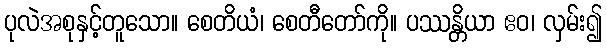
ပုလဲအစုနှင့်တူသော။ စေတိယံ၊ စေတီတော်ကို။ ပဿန္တိယာ ဧဝ၊ လှမ်း၍